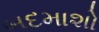
બદમાશો